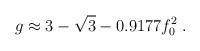
LaTeX: \begin{align*}g \approx 3-\sqrt 3 - 0.9177 f_{0}^2 \; .\end{align*}